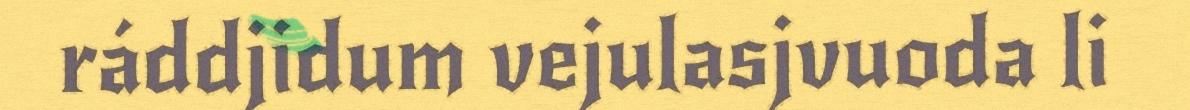
ráddjidum vejulasjvuoda li